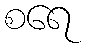
စရေ